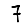
Digit: 7